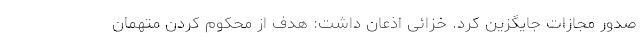
صدور مجازات جایگزین کرد. خزائی اذعان داشت: هدف از محکوم کردن متهمان